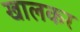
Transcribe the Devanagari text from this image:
खालकर